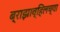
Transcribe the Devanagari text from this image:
ब्राझाव्हिलच्या